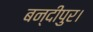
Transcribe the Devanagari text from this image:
बन्दीपुर।